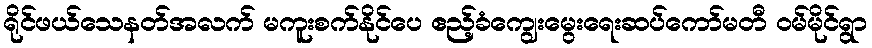
ရိုင်ဖယ်သေနတ်အလက် မကူးစက်နိုင်ပေ ဧည့်ခံကျွေးမွေးရေးဆပ်ကော်မတီ ဝမ်မိုင်ရွာ